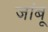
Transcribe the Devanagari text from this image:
जांबू